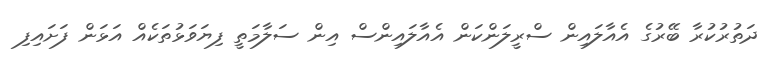
ދަތުރުކުރާ ބޭރުގެ އެއާލައިން ސްރީލަންކަން އެއާލައިންސް އިން ސަލާމަތީ ފިޔަވަޅުތަކެއް އަޅަން ފަށައިފި